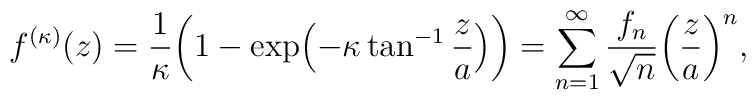
f^{(\kappa)}(z)=\frac{1}{\kappa}\biggl(1-\exp\Bigl(-\kappa\tan^{-1}\frac{z}{a}\Bigr)\biggr)=\sum_{n=1}^\infty\frac{f_n}{\sqrt{n}}\biggl(\frac{z}{a}\biggr)^n,